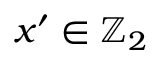
x ^ { \prime } \in \mathbb { Z } _ { 2 }